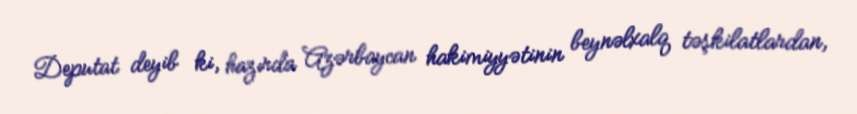
Deputat deyib ki, hazırda Azərbaycan hakimiyyətinin beynəlxalq təşkilatlardan,